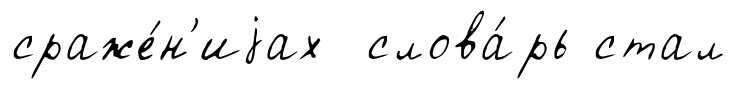
сраже́н'иjах слова́рь стал